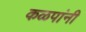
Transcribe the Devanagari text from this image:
कळपांनी